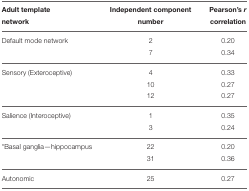
<table><thead><tr><td><b>Adult template network</b></td><td><b>Independent component number</b></td><td><b>Pearson&#x27;s <i>r</i> correlation</b></td></tr></thead><tbody><tr><td>Default mode network</td><td>2</td><td>0.20</td></tr><tr><td></td><td>7</td><td>0.34</td></tr><tr><td>Sensory (Exteroceptive)</td><td>4</td><td>0.33</td></tr><tr><td></td><td>10</td><td>0.27</td></tr><tr><td></td><td>12</td><td>0.27</td></tr><tr><td>Salience (Interoceptive)</td><td>1</td><td>0.35</td></tr><tr><td></td><td>3</td><td>0.24</td></tr><tr><td><sup>*</sup>Basal ganglia—hippocampus</td><td>22</td><td>0.20</td></tr><tr><td></td><td>31</td><td>0.36</td></tr><tr><td>Autonomic</td><td>25</td><td>0.27</td></tr></tbody></table>